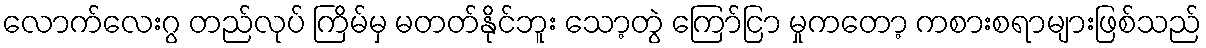
လောက်လေးဂွ တည်လုပ် ကြိမ်မှ မတတ်နိုင်ဘူး သော့တွဲ ကြော်ငြာ မှုကတော့ ကစားစရာများဖြစ်သည်